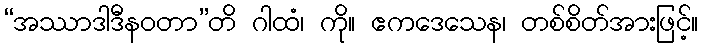
“အဿာဒါဒီနဝတာ”တိ ဂါထံ၊ ကို။ ဧကဒေသေန၊ တစ်စိတ်အားဖြင့်။